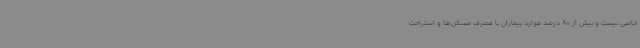
خاصی نیست و بیش از 80 درصد موارد بیماران با مصرف مسکن‌ها و استراحت